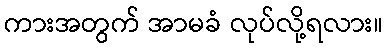
ကားအတွက် အာမခံ လုပ်လို့ရလား။